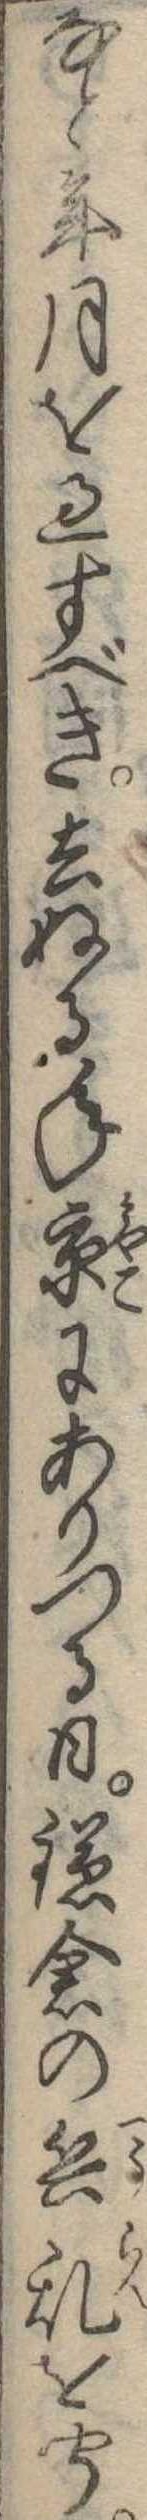
なと年月を過すべき去ぬる年京にありつる日鎌倉の兵乱を聞